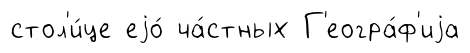
стол'и́це еjо́ ча́стных Г'еогра́ф'иjа